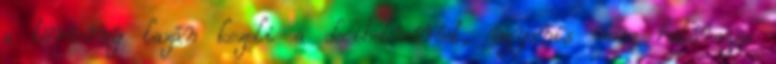
a törvény lazán kezeli a decibelmérést, ugyanis nem határozza